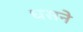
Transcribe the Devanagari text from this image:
धसने